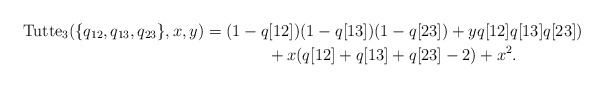
\begin{gather*}{\rm Tutte}_{3}(\{q_{12},q_{13},q_{23} \},x,y) = (1 -q[12])(1-q[13])(1-q[23]) +y q[12] q[13] q[23])\\\hphantom{{\rm Tutte}_{3}(\{q_{12},q_{13},q_{23} \},x,y) =}{} + x (q[12] + q[13] + q[23] -2 )+ x^2 .\end{gather*}